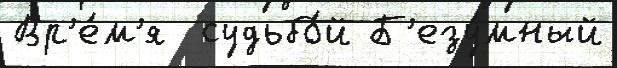
Вр'е́м'я  судьбо́й Б'езу́мный